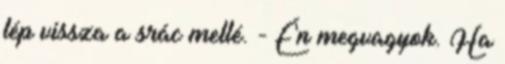
lép vissza a srác mellé. - Én megvagyok. Ha